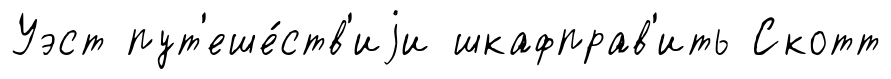
Уэст пут'еше́ств'иjи шкафправ'ить Скотт